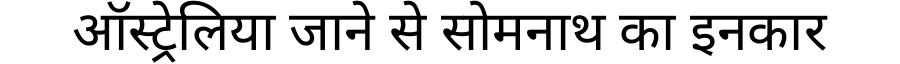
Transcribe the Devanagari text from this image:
ऑस्ट्रेलिया जाने से सोमनाथ का इनकार